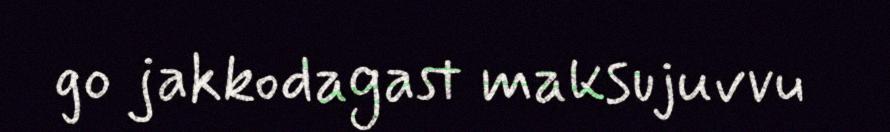
go jakkodagast maksujuvvu